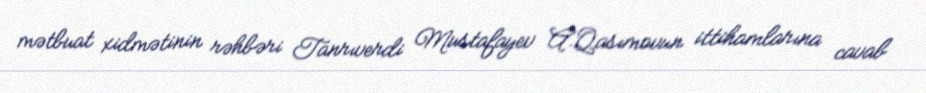
mətbuat xidmətinin rəhbəri Tanrıverdi Mustafayev A.Qasımovun ittihamlarına cavab